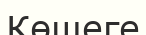
Көшеге